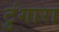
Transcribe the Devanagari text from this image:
टुंगारा